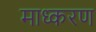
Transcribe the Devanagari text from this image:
माध्करण